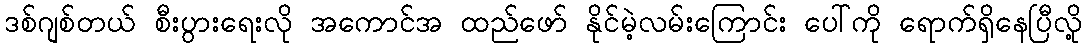
ဒစ်ဂျစ်တယ် စီးပွားရေးလို အကောင်အ ထည်ဖော် နိုင်မဲ့လမ်းကြောင်း ပေါ်ကို ရောက်ရှိနေပြီလို့